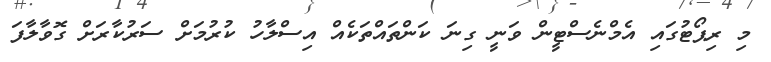
މި ރިޕޯޓުގައި އެމްނެސްޓީން ވަނީ ގިނަ ކަންތައްތަކެއް އިސްލާހު ކުރުމަށް ސަރުކާރަށް ގޮވާލާފަ